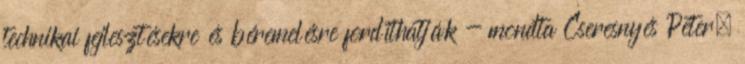
technikai fejlesztésekre és béremelésre fordíthatják - mondta Cseresnyés Péter,